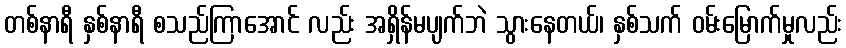
တစ်နာရီ နှစ်နာရီ စသည်ကြာအောင် လည်း အရှိန်မပျက်ဘဲ သွားနေတယ်၊ နှစ်သက် ဝမ်းမြောက်မှုလည်း